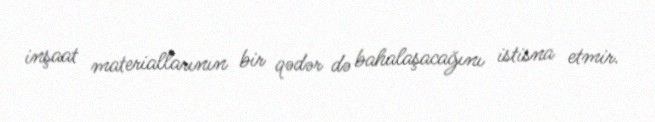
inşaat materiallarının bir qədər də bahalaşacağını istisna etmir.